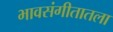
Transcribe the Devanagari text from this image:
भावसंगीतातला